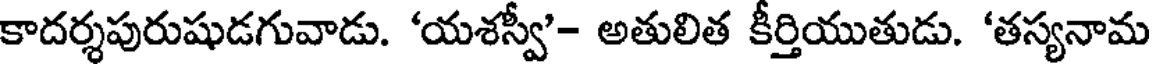
కాదర్శపురుషుడగువాడు. 'యశస్వీ'- అతులిత కీర్తియుతుడు. 'తస్యనామ